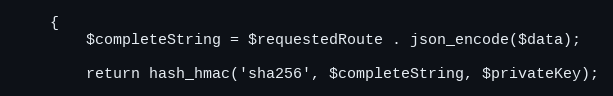
Language: PHP
    {
        $completeString = $requestedRoute . json_encode($data);

        return hash_hmac('sha256', $completeString, $privateKey);